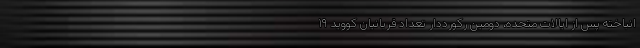
انباخته پس از ایالات متحده، دومین رکورددار تعداد قربانیان کووید ۱۹